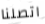
اتصلنا